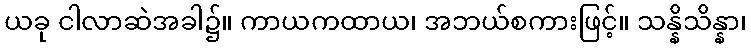
ယခု ငါလာဆဲအခါ၌။ ကာယကထာယ၊ အဘယ်စကားဖြင့်။ သန္နိသိန္နာ၊